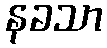
နခသာ